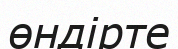
өндірте